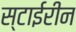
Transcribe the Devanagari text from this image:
स्टाईरीन